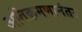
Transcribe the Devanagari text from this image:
अतिक्रमणानंतर